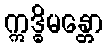
ဣဒ္ဓိမန္တော